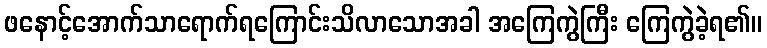
ဖနောင့်အောက်သာရောက်ရကြောင်းသိလာသောအခါ အကြေကွဲကြီး ကြေကွဲခဲ့ရ၏။